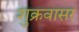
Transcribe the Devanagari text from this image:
शुक्रवासर